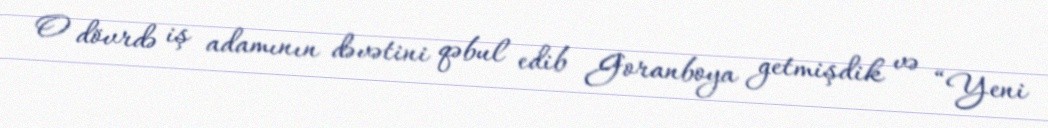
O dövrdə iş adamının dəvətini qəbul edib Goranboya getmişdik və “Yeni